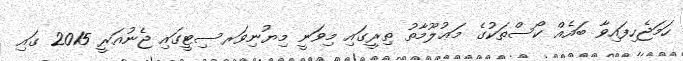
ހަމަޖެހިފައިވާ ބައެއް ކޯސްތަކުގެ މަޢުލޫމާތު ތިރީގައި މިވަނީ މިޔުނިވަރސިޓީގައި ޖެނުއަރީ 2015 ގައި